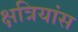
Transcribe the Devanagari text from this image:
क्षत्रियांस